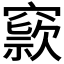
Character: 𥧾